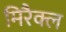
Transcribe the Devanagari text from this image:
मिरैक्ल